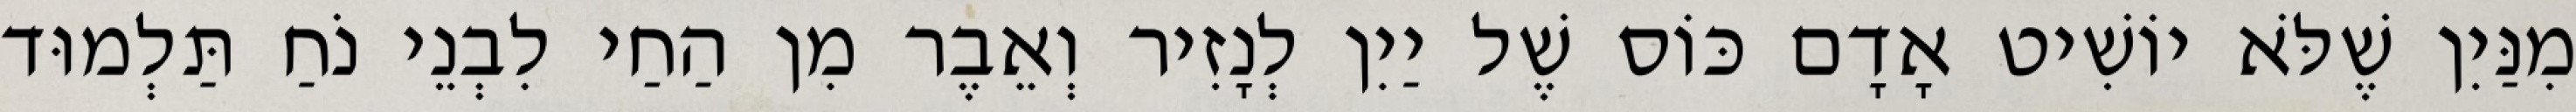
מִנַּיִן שֶׁלֹּא יוֹשִׁיט אָדָם כּוֹס שֶׁל יַיִן לְנָזִיר וְאֵבֶר מִן הַחַי לִבְנֵי נֹחַ תַּלְמוּד